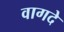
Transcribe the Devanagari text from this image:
वागदे